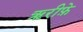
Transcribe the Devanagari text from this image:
ऋरीफ़े